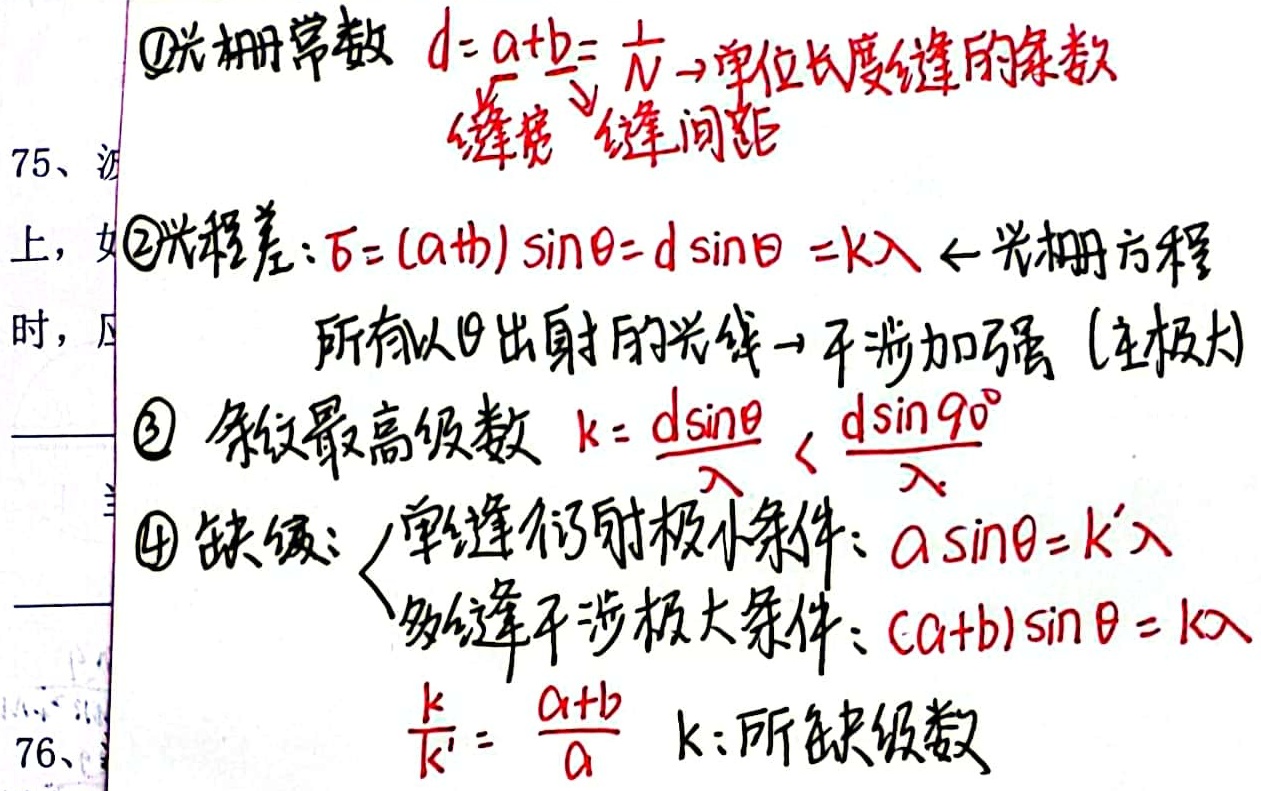
\textcircled{1}光栅常数 \(d = a + b=\frac{1}{N}\)（\(N\)为单位长度缝的条数，\(a\)为缝宽，\(b\)为缝间距）
\textcircled{2}光程差：\(\delta=(a + b)\sin\theta=d\sin\theta = k\lambda\)（光栅方程，所有以\(\theta\)出射的光线，干涉加强（主极大））
\textcircled{3} 条纹最高级数 \(k=\frac{d\sin\theta}{\lambda}<\frac{d\sin90^{\circ}}{\lambda}\)
\textcircled{4} 缺级：\(\begin{cases}单缝衍射极小条件：a\sin\theta = k'\lambda\\多缝干涉极大条件：(a + b)\sin\theta = k\lambda\end{cases}\)，\(\frac{k}{k'}=\frac{a + b}{a}\)（\(k\)为所缺级数）
76、